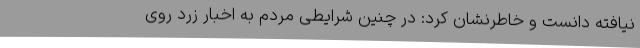
نیافته دانست و خاطرنشان کرد: در چنین شرایطی مردم به اخبار زرد روی